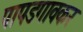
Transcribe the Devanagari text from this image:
पापडगावकर